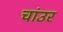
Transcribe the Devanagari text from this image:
चांउर